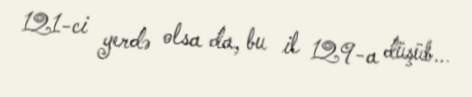
121-ci yerdə olsa da, bu il 129-a düşüb...